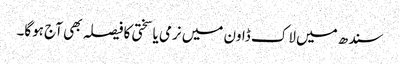
سندھ میں لاک ڈاون میں نرمی یا سختی کا فیصلہ بھی آج ہوگا۔